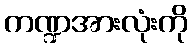
ကဏ္ဍအားလုံးကို